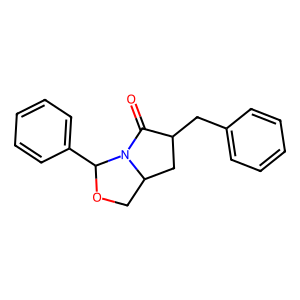
SMILES: O=C1C(Cc2ccccc2)CC2COC(c3ccccc3)N12
Inhibits HIV replication: No